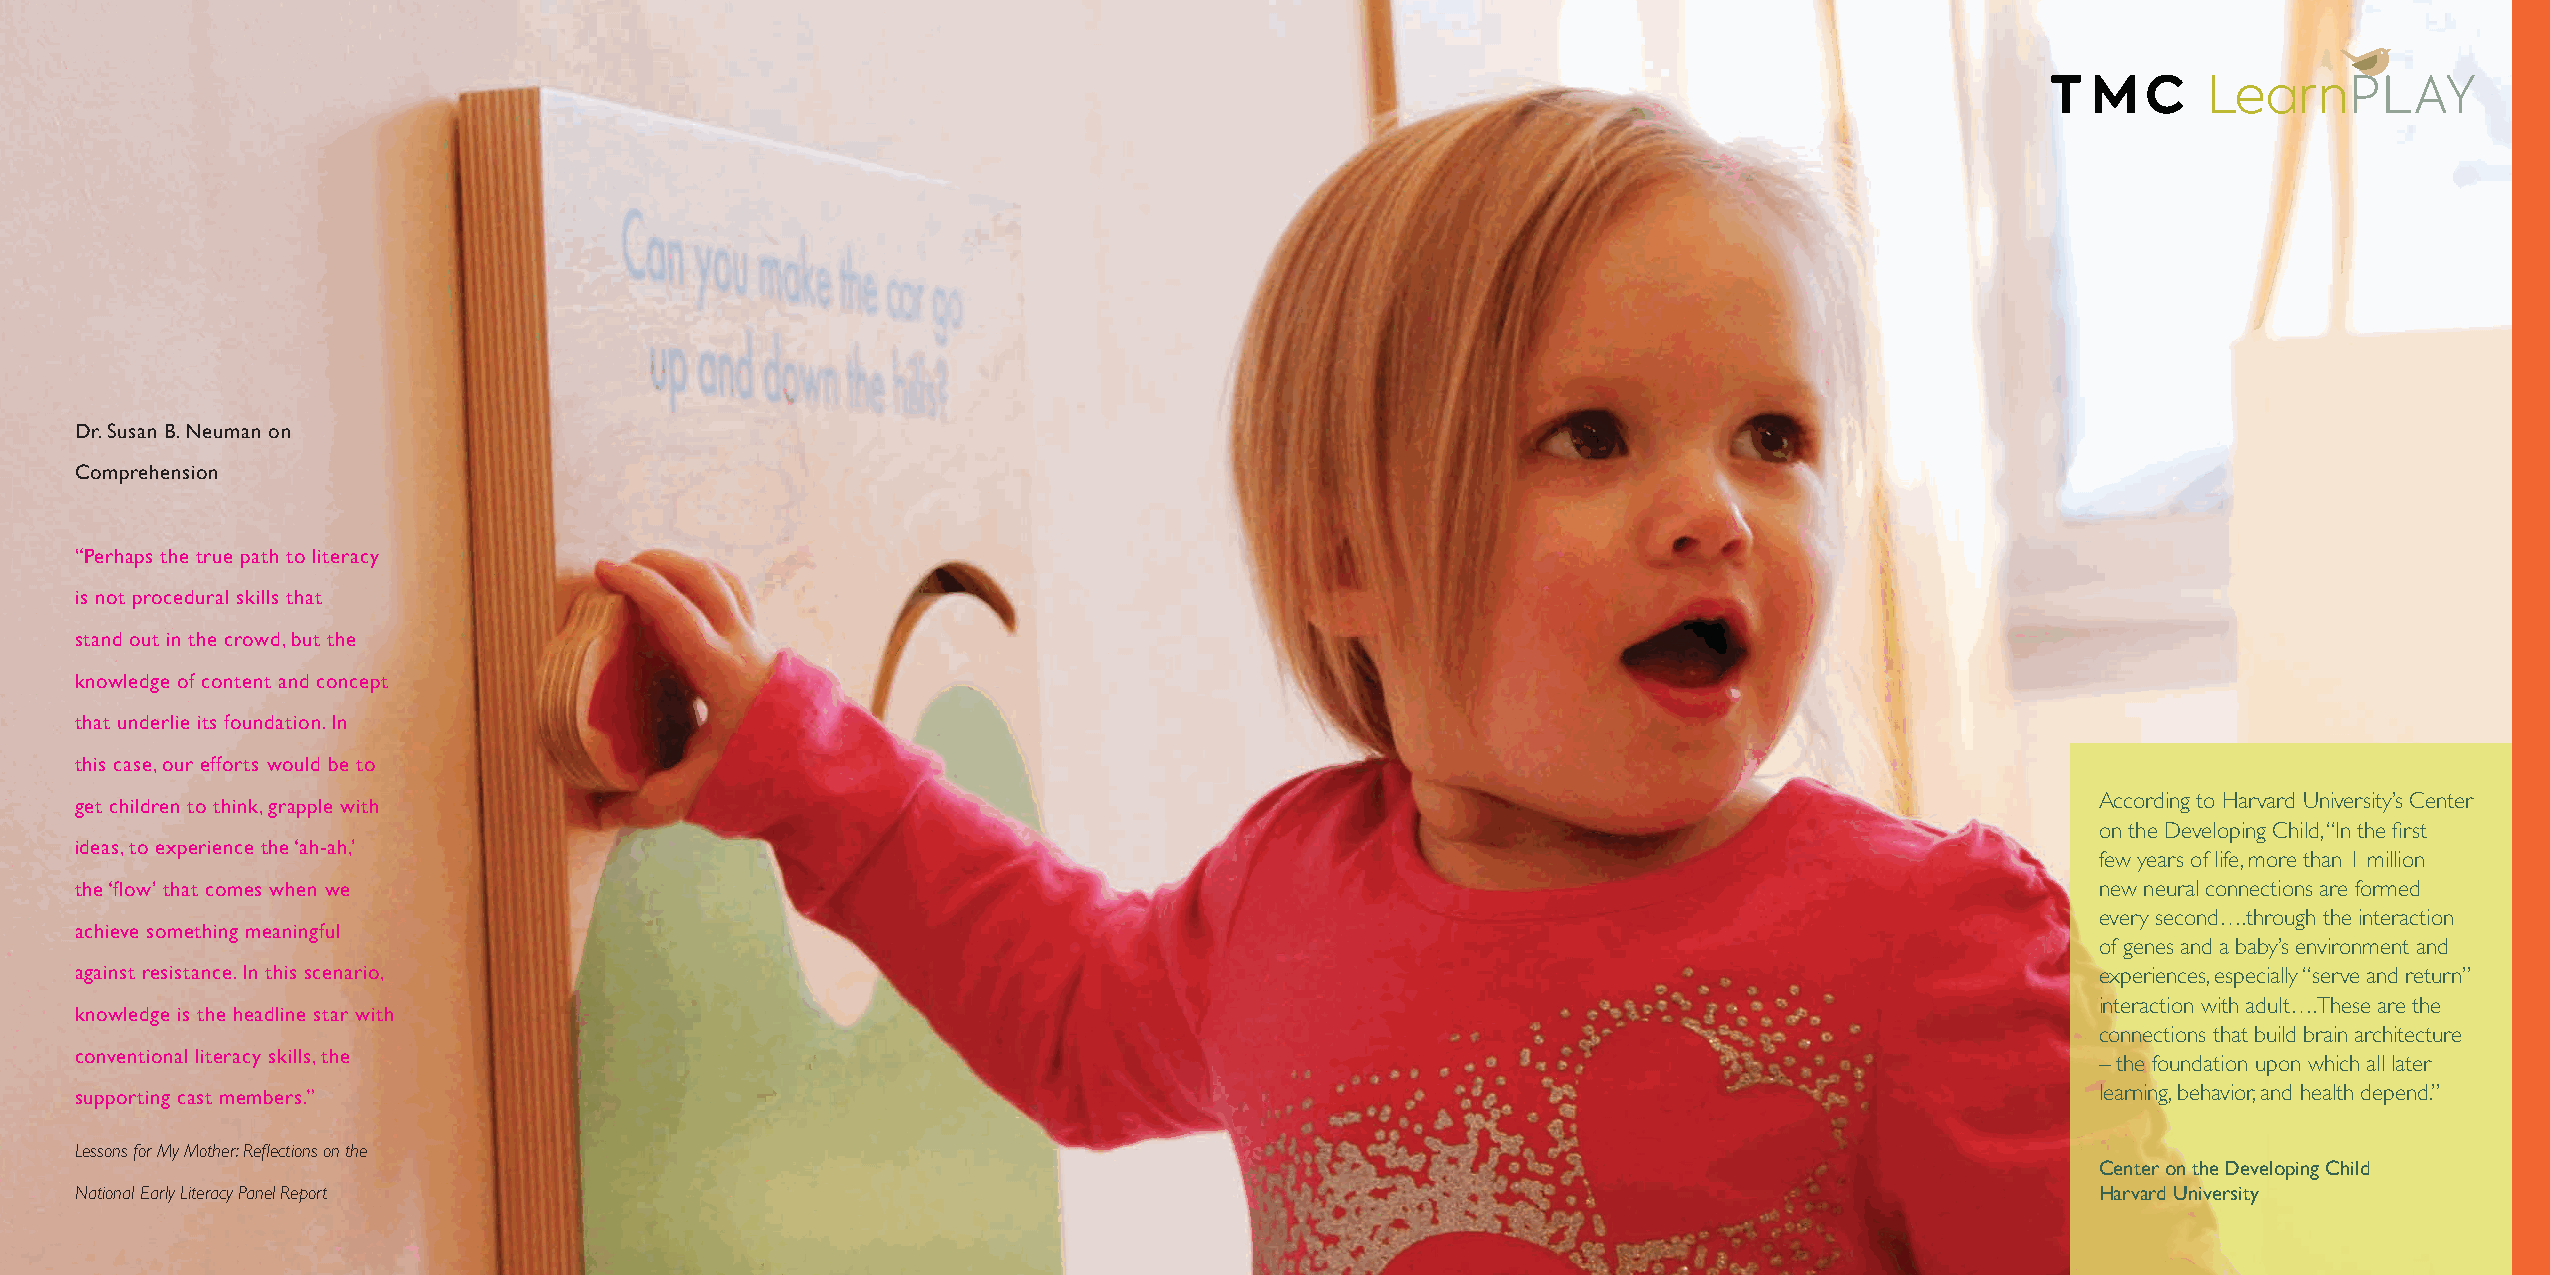
Dr. Susan B. Neuman on
 Comprehension
 “Perhaps the true path to literacy
 is not procedural skills that
 stand out in the crowd, but the
 knowledge of content and concept
 that underlie its foundation. In
 this case, our efforts would be to
 get children to think, grapple with                                                                                                   According to Harvard University’s Center
 on the Developing Child, “In the first
 ideas, to experience the ‘ah-ah,’
 few years of life, more than 1 million
 the ‘flow’ that comes when we                                                                                                         new neural connections are formed
 every second….through the interaction
 achieve something meaningful
 of genes and a baby’s environment and
 against resistance. In this scenario,                                                                                                 experiences, especially “serve and return”
 interaction with adult….These are the
 knowledge is the headline star with
 connections that build brain architecture
 conventional literacy skills, the
 – the foundation upon which all later
 supporting cast members.”                                                                                                             learning, behavior, and health depend.”
 Lessons for My Mother: Reflections on the
 Center on the Developing Child
 National Early Literacy Panel Report                                                                                                  Harvard University
 16 | LearnPLAY | tmcfurniture.com                                                                                                              LearnPLAY | tmcfurniture.com | 17